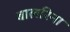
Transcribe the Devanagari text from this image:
बालरिना